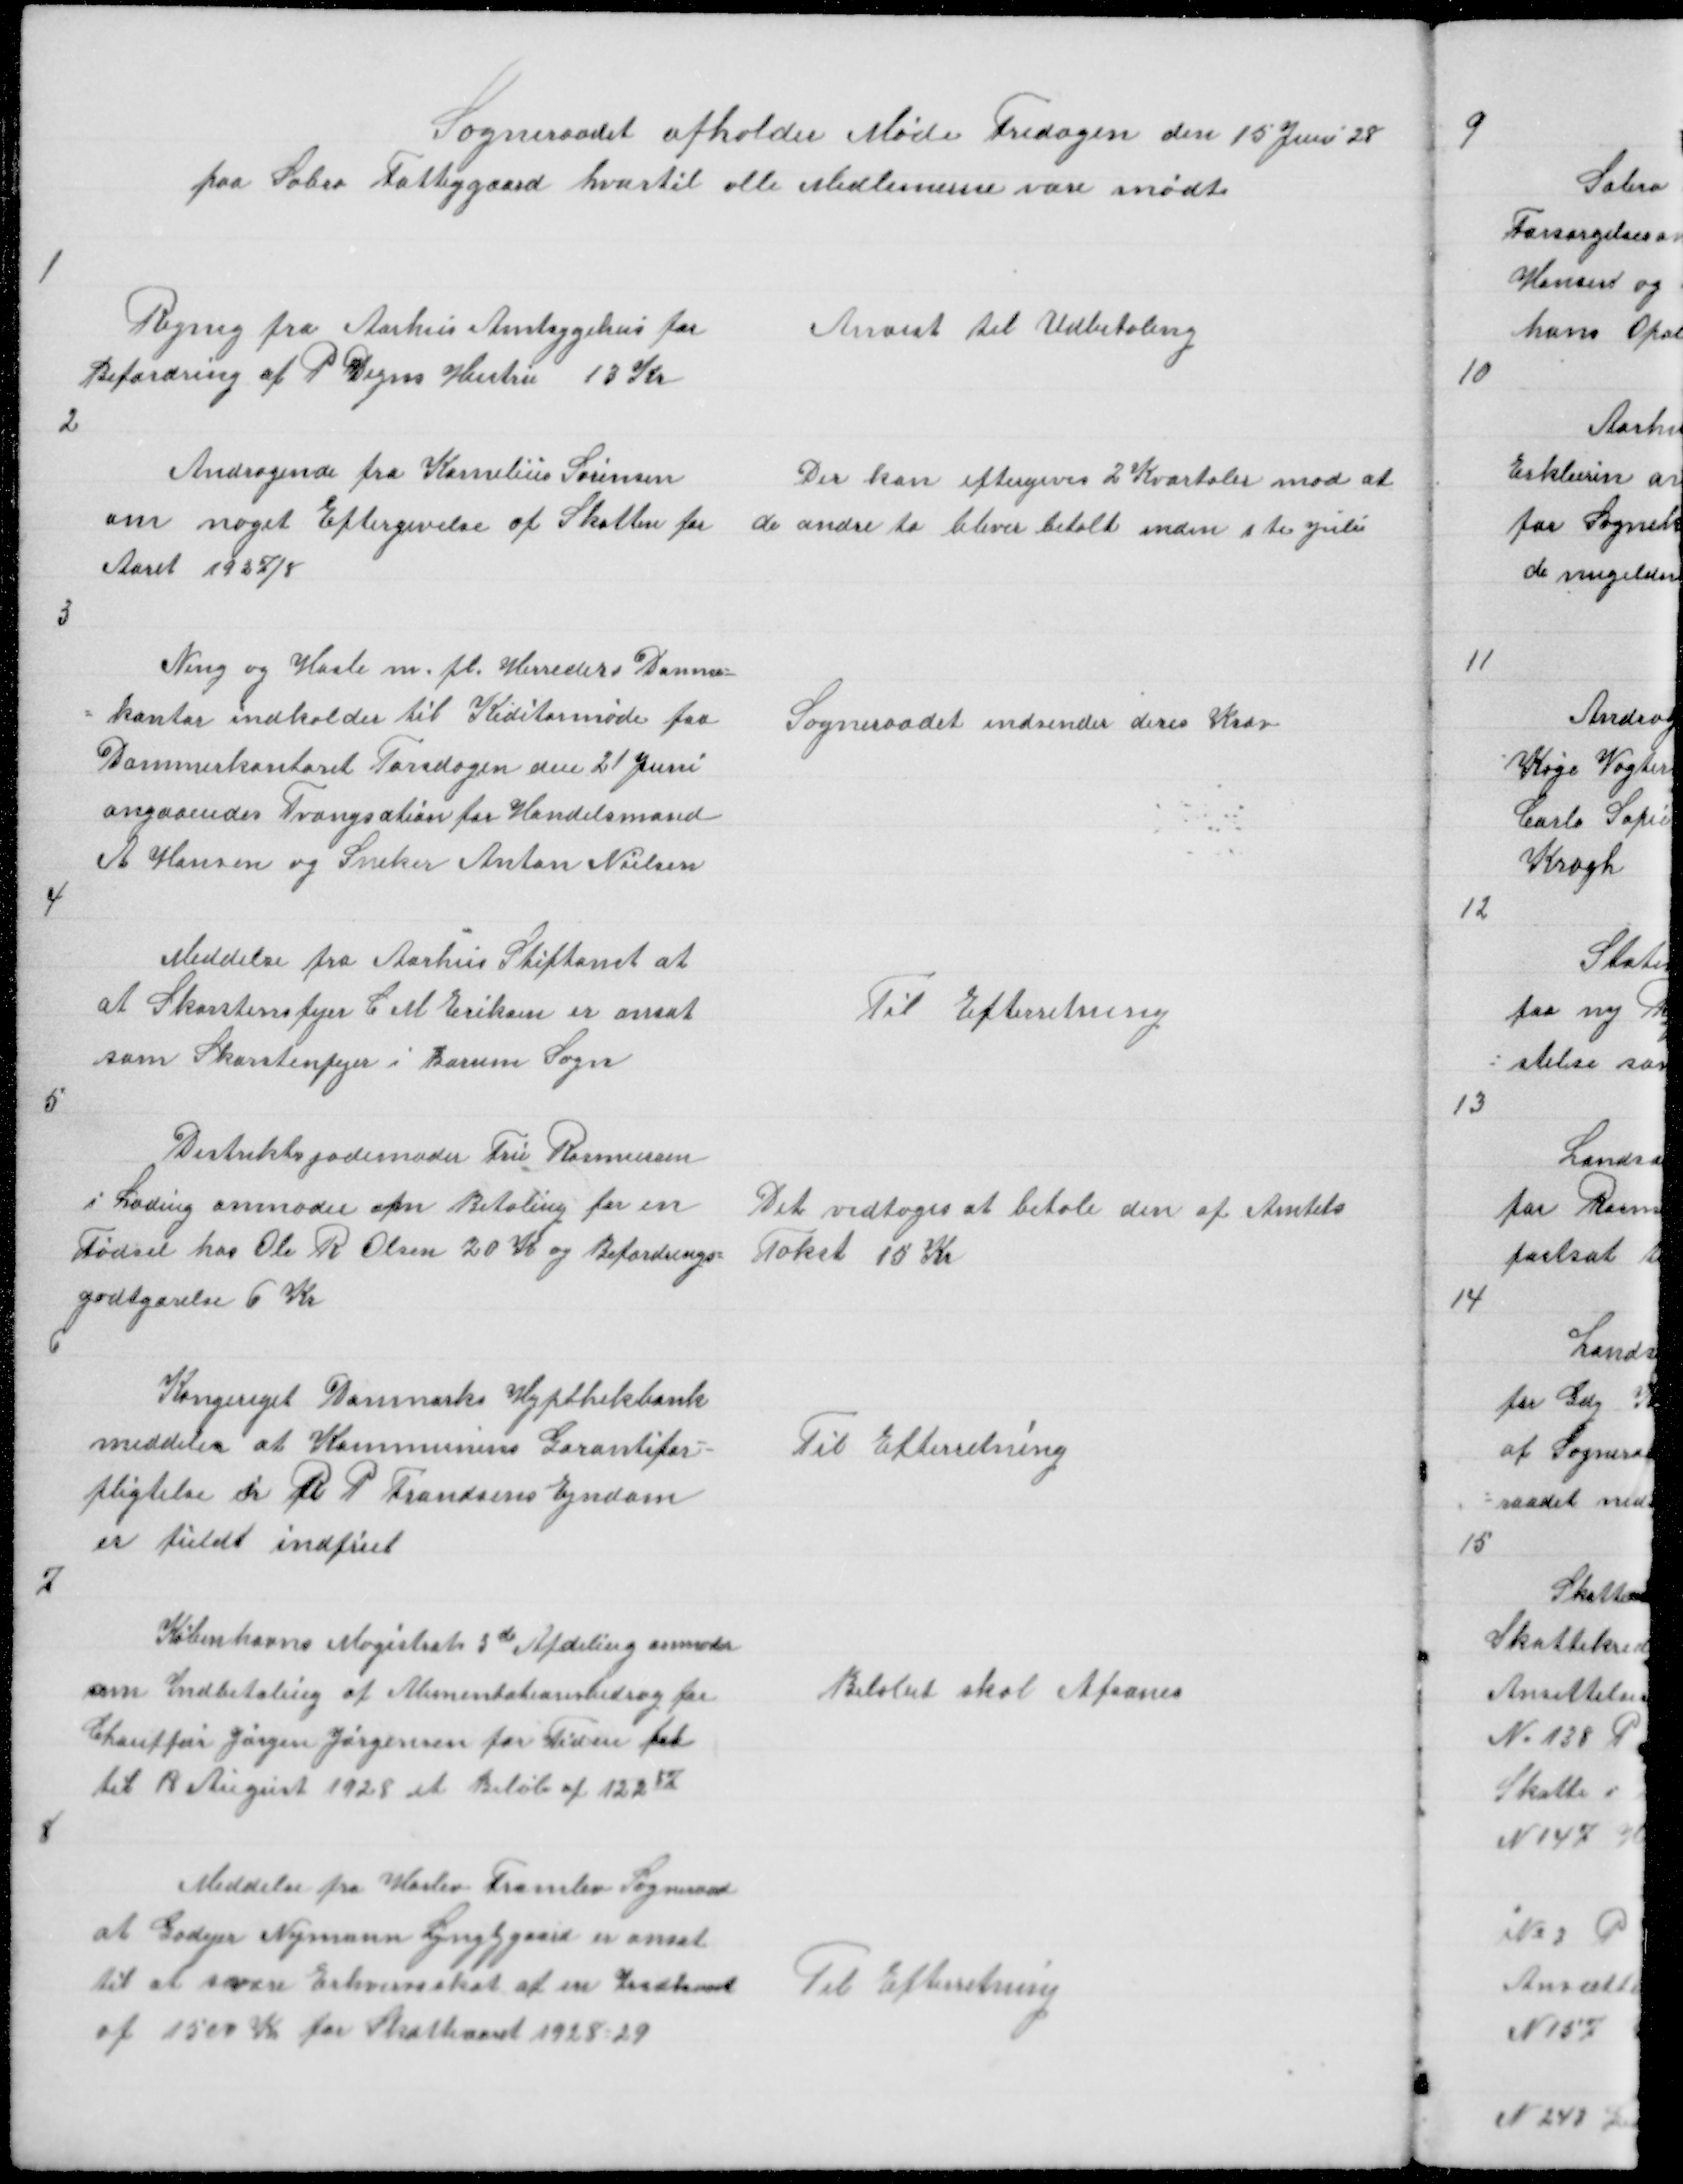
Transskription:
Sogneraadet afholder Møde Fredagen den 15 Juni 28
paa Sabro Fattiggaard hvortil alle Medlemerne vare mødte

1

Regning fra Aarhus Amtsygehus for
Befordring af P Degns Hustru 13 Kr

Anvist til Udbetaling

2

Andragende fra Kornelius Sørensen
om noget Eftergivelse af Skatten for
Aaret 1927/8

Der kan eftergives 2 Kvartaler mod at
de andre to bliver betalt inden 1 te Juli

3

Ning og Hasle m. fl. Herreders Dommer =
= kontor indkalder til Kreditormøde paa
Dommerkontoret Torsdagen den 21 Juni
angaaendes Tvangsation for Handelsmand
A Hansen og Sneker Anton Nielsen

Sogneraadet indsender deres Krav

4

Meddelelse fra Aarhus Stiftamt at
at Skorstensfejer C M Eriksen er ansat
som Skorstenfejer i Borum Sogn

Til Efterretning

5

Distriktsjordemoder Fru Rasmussen
i Lading anmoder om Betaling for en
Fødsel hos Ole R Olsen 20 K og Befordrings =
godtgørelse 6 Kr
6

Det vedtoges at betale den af Amtets
Takst 15 Kr

Kongeriget Danmarks Hypthekbank
meddeler at Kommunens Garantifor =
pligtelse i R P Frandsens Ejndom
er fuldt indfriet

Til Efterretning

7

Københavns Magistrats 3 de Afdeling anmoder
om Indbetaling af Alimentationsbidrag for
Chauffør Jørgen Jørgensen for Tiden fra
til 18 August 1928 et Beløb af 12287

Beløbet skal Afsones

8

Meddelse fra Harlev Framlev Sogneraad
at Godejer Nymann Lyngbygaard er ansat
til at svare Erhvervsskat af en Indkomst
af 1500 Kr for Skatteaaret 1928 - 29

Til Efterretning